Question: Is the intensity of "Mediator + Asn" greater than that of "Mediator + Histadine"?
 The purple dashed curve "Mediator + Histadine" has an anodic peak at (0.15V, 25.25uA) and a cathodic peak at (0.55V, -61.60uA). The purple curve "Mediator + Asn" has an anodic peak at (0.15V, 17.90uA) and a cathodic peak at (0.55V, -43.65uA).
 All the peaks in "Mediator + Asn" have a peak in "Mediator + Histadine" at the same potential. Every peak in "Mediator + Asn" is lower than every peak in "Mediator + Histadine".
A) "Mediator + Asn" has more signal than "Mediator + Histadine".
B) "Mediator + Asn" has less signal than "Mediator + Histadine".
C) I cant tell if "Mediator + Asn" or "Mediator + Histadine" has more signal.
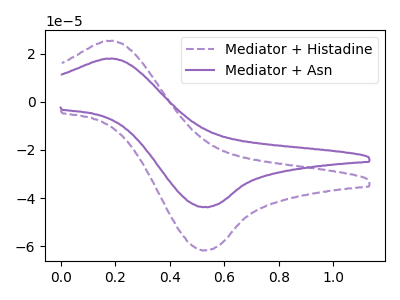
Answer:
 <answer>B) "Mediator + Asn" has less signal than "Mediator + Histadine".</answer>
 <eval>B</eval>